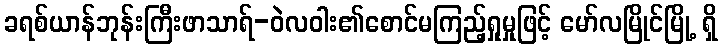
ခရစ်ယာန်ဘုန်းကြီးဖာသာရ်-ဝဲလဝါး၏စောင်မကြည့်ရှုမှုဖြင့် မော်လမြိုင်မြို့ ရှိ